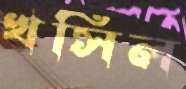
খসিল